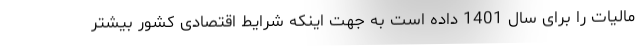
مالیات را برای سال 1401 داده است به جهت اینکه شرایط اقتصادی کشور بیشتر